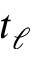
t _ { \ell }